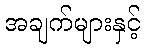
အချက်များနှင့်